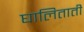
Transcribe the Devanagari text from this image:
घालिताती